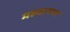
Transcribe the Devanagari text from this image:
महवानगर